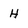
Character: H